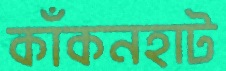
কাঁকনহাট